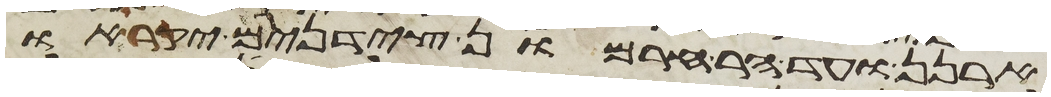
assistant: ארנן ועד הר חרמון צידנים יקראו